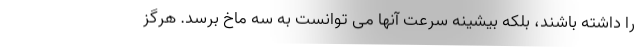
را داشته باشند، بلکه بیشینه سرعت آنها می توانست به سه ماخ برسد. هرگز